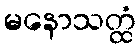
မနောသတ္ထံ